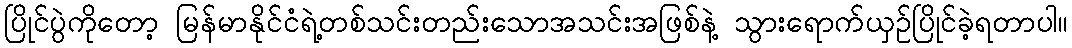
ပြိုင်ပွဲကိုတော့ မြန်မာနိုင်ငံရဲ့တစ်သင်းတည်းသောအသင်းအဖြစ်နဲ့ သွားရောက်ယှဉ်ပြိုင်ခဲ့ရတာပါ။